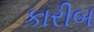
કારીબ